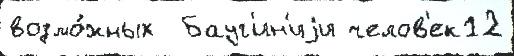
возмо́жных  Бауг'ин'иjи челов'ек12